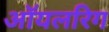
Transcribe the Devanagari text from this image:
ऑयलरिग